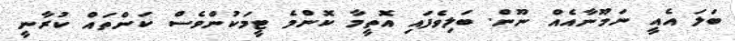
ބަލަ އެއީ ނަމޫނާއެއް ނޫން. ބަލިވެފައި އޮތީމާ ކޮންމެ ޓީމަކުންވެސް ކަންތައް ކުރާނީ